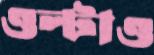
ওল্‌টাও